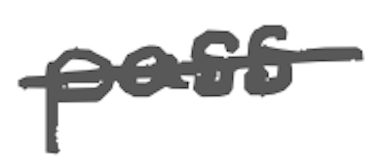
Text: pass
Cross-out: single-line
Writing tool: digital_gray